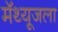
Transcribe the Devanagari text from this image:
मॅथ्यूजला